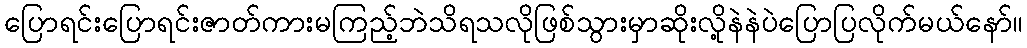
ပြောရင်းပြောရင်းဇာတ်ကားမကြည့်ဘဲသိရသလိုဖြစ်သွားမှာဆိုးလို့နဲနဲပဲပြောပြလိုက်မယ်နော်။